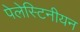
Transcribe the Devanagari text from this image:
पेलेस्टिनीयन